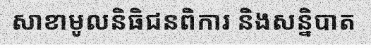
សាខាមូលនិធិជនពិការ និងសន្និបាត